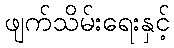
ဖျက်သိမ်းရေးနှင့်